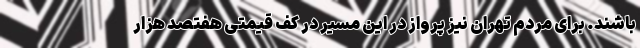
باشند. برای مردم تهران نیز پرواز در این مسیر در کف قیمتی هفتصد هزار